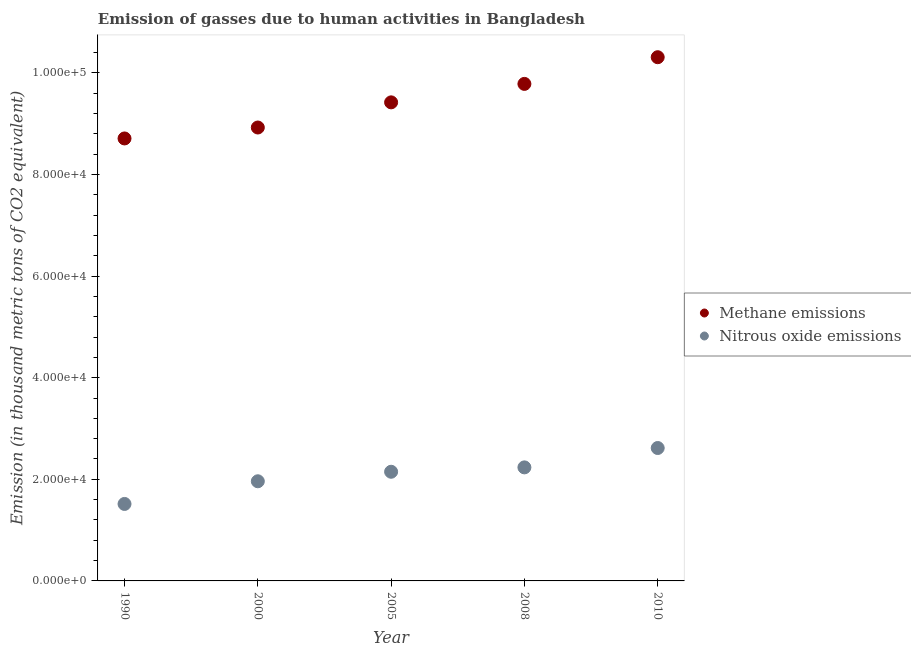
| Year | Methane emissions | Nitrous oxide emissions |
 | --- | --- | --- |
 | 1990 | 8.71e+04 | 1.52e+04 |
 | 2000 | 8.92e+04 | 1.96e+04 |
 | 2005 | 9.42e+04 | 2.15e+04 |
 | 2008 | 9.78e+04 | 2.23e+04 |
 | 2010 | 1.03e+05 | 2.62e+04 |